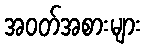
အဝတ်အစားများ